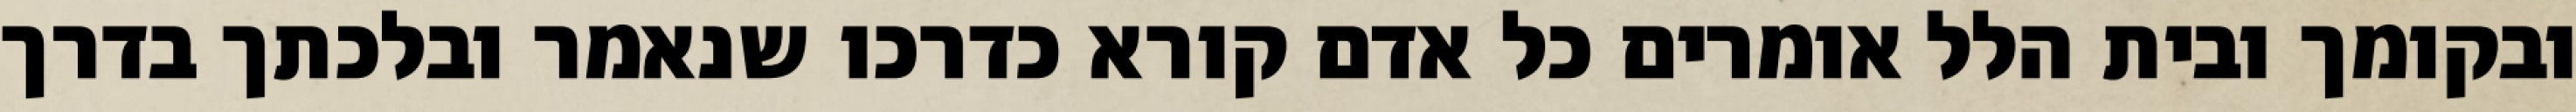
ובקומך ובית הלל אומרים כל אדם קורא כדרכו שנאמר ובלכתך בדרך